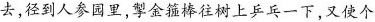
去，径到人参园里，掣金箍棒往树上乒乓一下，又使个